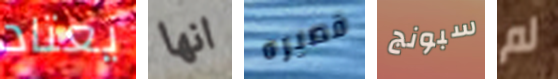
يعتاد انها قصيره سبونج لم